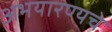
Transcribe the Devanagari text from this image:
अभयारण्यचे